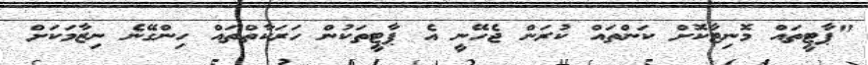
"ޕާޓީތައް މޮނިޓާކޮށް ކަންތައް ކުރަން ޖެހޭނީ އެ ޕާޓީތަކުން ހަރަކާތްތައް ހިންގޭނެ ނިޒާމަކަަށް